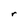
Character: r